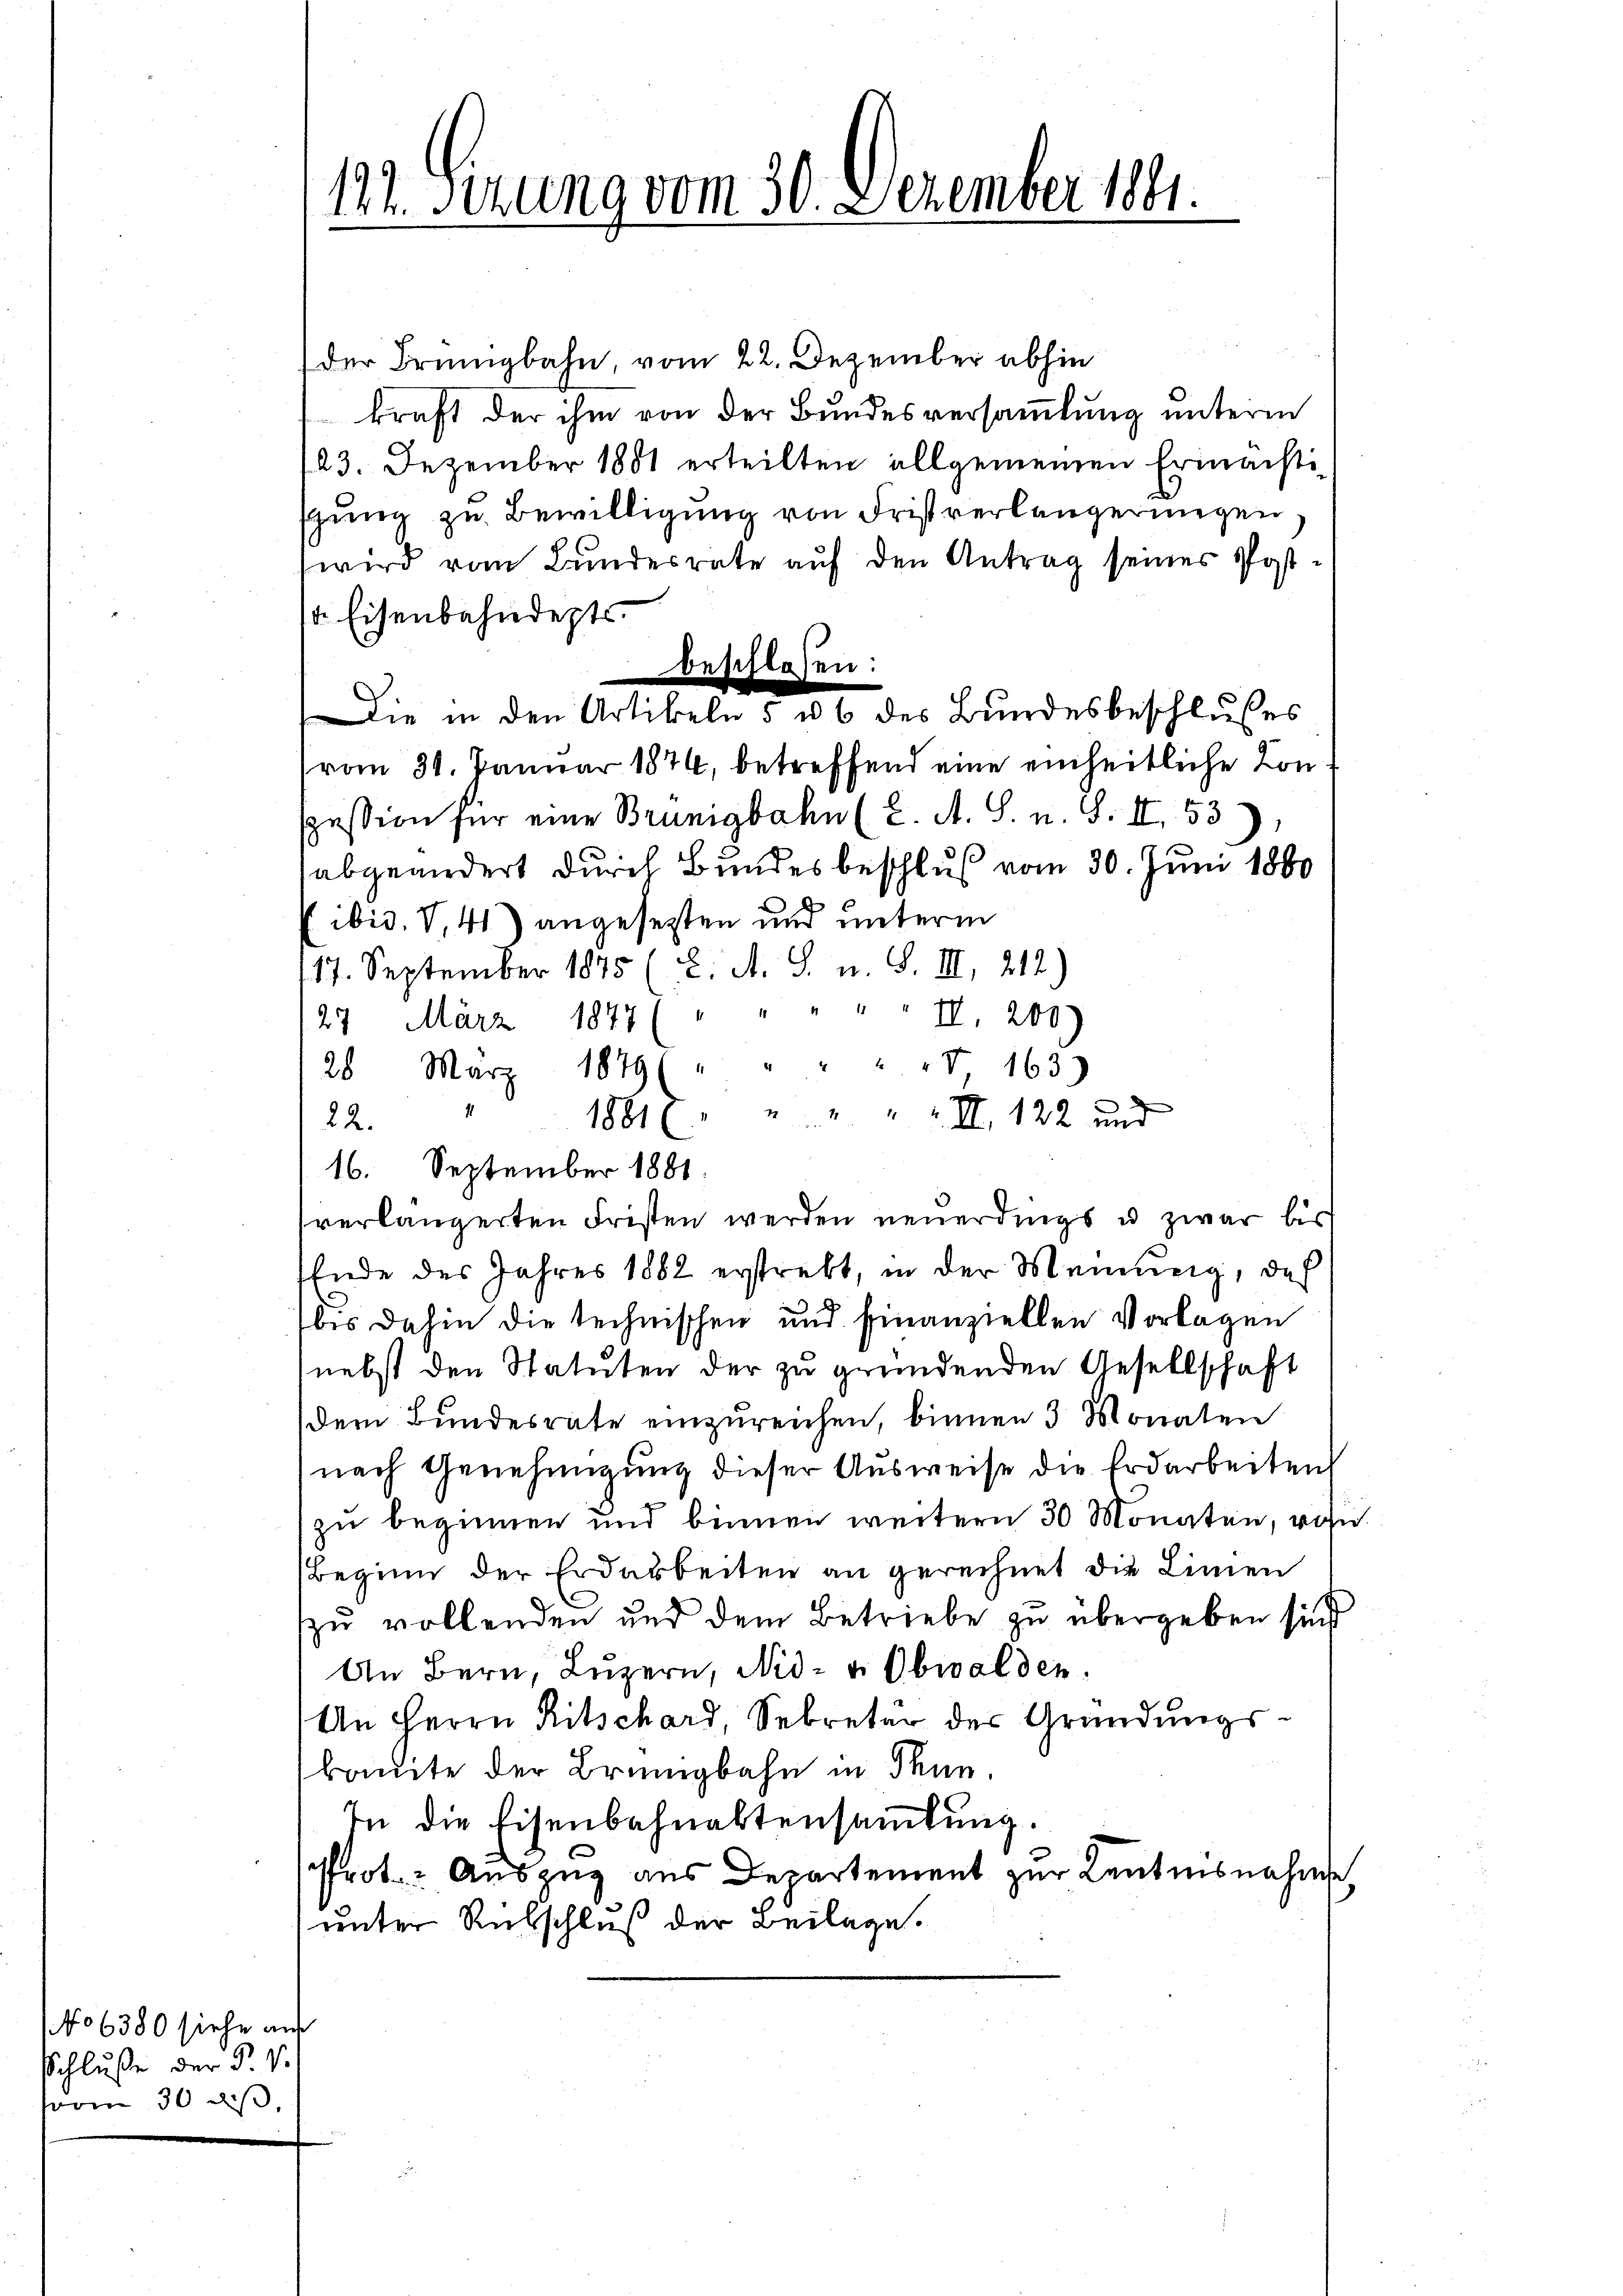
No 6380 siehe auf
Schluße der P. V.
vom 30 des

122. Sizung vom 30. Dezember 1881.

der Brünigbahn, vom 22. Dezember abhin
kraft der ihm von der Bundesversammlung unterm
123. Dezember 1851 erteilten allgemeinen Ermächtishung zu Bewilligung von Fristverlängerungen
wird vom Bundesrate auf den Antrag seines Post¬
1. Eisenbahndepts¬
(vom 31. Januar 1874, betreffend eine einheitliche Konpession für eine Brünigbahn (2. A. S. u. S. II 53
abgeändert durch Bundesbeschluß vom 30. Juni 1860
Eibid. V,41) angesezten und unterm
17. September 1875 (2. A. S. u. S. III, 212.)
27 März 1847 ( " " " " " II, 200.)
28 März 1879 (" " " " " 163)
" 1881 " " " " " II. 122 und
22.
16. September 1881.
verlängerten Fristen werden neuerdings u. zwar bis
Ende des Jahres 1882 erstrebt, in der Meinung, daß
bis dahin die technischen und finanziellen Vorlagen
nebst den Statuten der zu gründenden Gesellschaft
dem Bŭndesrate einzŭreichen, binnen 3 Monaten
nach Genehmigung dieser Ausweise die Erdarbeiten
zu beginnen und binnen weitern 30 Monaten, wohn
Beginn der Erdarbeiten an gerechnet die Linien
zu vollenden und dem Betriebe zu übergeben sind
An Bern, Luzern, Nid- u. Obwalden.
An Herrn Ritschard, Sekretär des Gründungskauite der Brüngbahn in Thun.
In die Eisenbahnaktensammlung.
Prot. Auszug aus Departement zur Lentnisnahme
unter Rubschluß der Beilage.

beschiesen:
Die in den Artikeln 5 u. 6 des Bundesbeschlusses